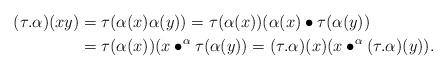
LaTeX: \begin{align*}(\tau.\alpha)(xy)&=\tau(\alpha(x)\alpha(y))=\tau(\alpha(x))(\alpha(x)\bullet\tau(\alpha(y))\\&=\tau(\alpha(x))(x\bullet^{\alpha}\tau(\alpha(y))=(\tau.\alpha)(x)(x\bullet^{\alpha}(\tau.\alpha)(y)).\end{align*}